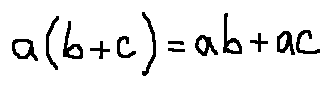
a ( b + c ) = a b + a c